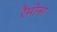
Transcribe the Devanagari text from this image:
रैमोना